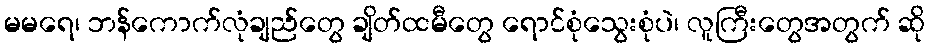
မမရေ၊ ဘန်ကောက်လုံချည်တွေ ချိတ်ထမီတွေ ရောင်စုံသွေးစုံပဲ၊ လူကြီးတွေအတွက် ဆို